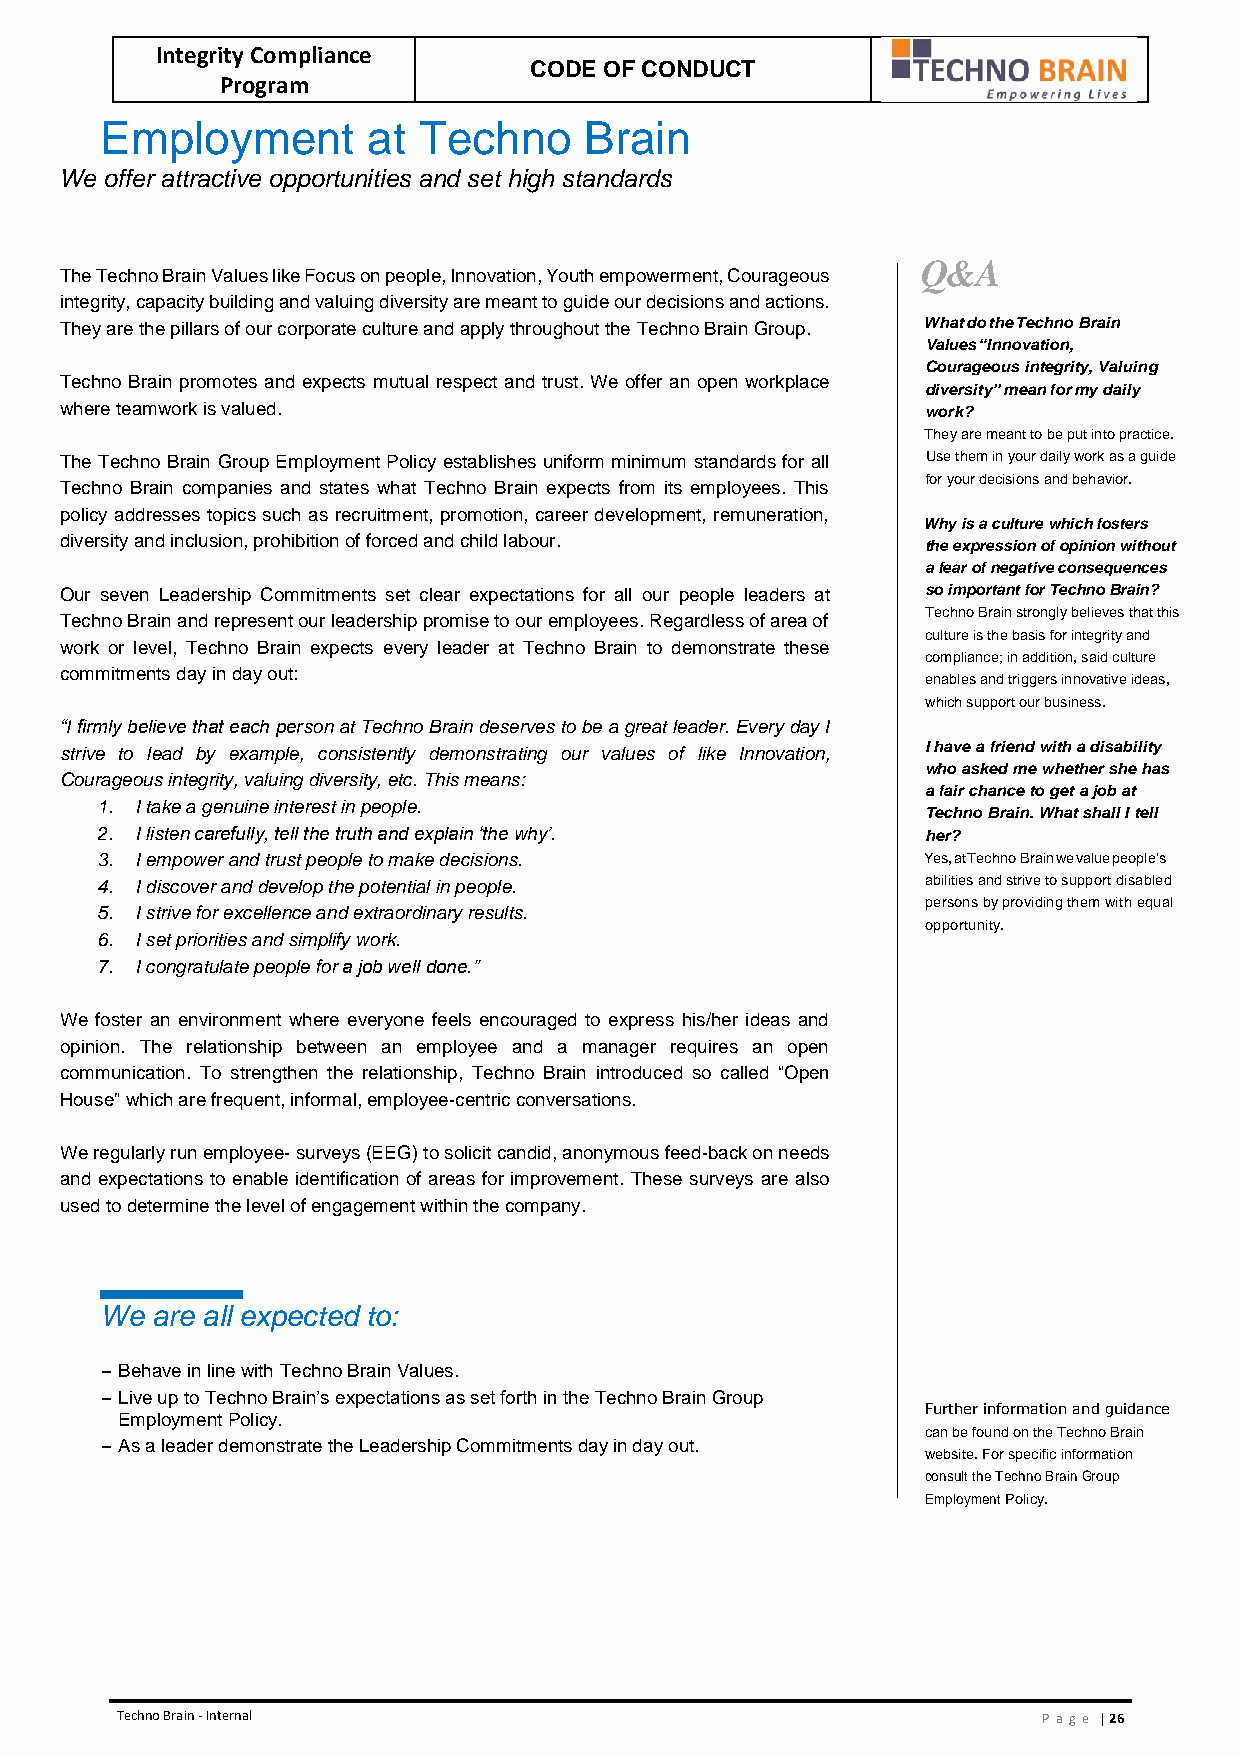
Integrity Compliance
 CODE OF CONDUCT
 Program
 Employment       at  Techno     Brain
 We offer attractive opportunities and set high standards
 Q&A
 The Techno Brain Values like Focus on people, Innovation, Youth empowerment, Courageous
 integrity, capacity building and valuing diversity are meant to guide our decisions and actions.
 They are the pillars of our corporate culture and apply throughout the Techno Brain Group. What do the Techno Brain
 Values “Innovation,
 Courageous integrity, Valuing
 Techno Brain promotes and expects mutual respect and trust. We offer an open workplace
 diversity” mean for my daily
 where teamwork is valued.                                work?
 They are meant to be put into practice.
 The Techno Brain Group Employment Policy establishes uniform minimum standards for all Use them in your daily work as a guide
 for your decisions and behavior.
 Techno Brain companies and states what Techno Brain expects from its employees. This
 policy addresses topics such as recruitment, promotion, career development, remuneration,
 Why is a culture which fosters
 diversity and inclusion, prohibition of forced and child labour. the expression of opinion without
 a fear of negative consequences
 Our seven Leadership Commitments set clear expectations for all our people leaders at so important for Techno Brain?
 Techno Brain strongly believes that this
 Techno Brain and represent our leadership promise to our employees. Regardless of area of
 culture is the basis for integrity and
 work or level, Techno Brain expects every leader at Techno Brain to demonstrate these
 compliance; in addition, said culture
 commitments day in day out:
 enables and triggers innovative ideas,
 which support our business.
 “I firmly believe that each person at Techno Brain deserves to be a great leader. Every day I
 strive to lead by example, consistently demonstrating our values of like Innovation, I have a friend with a disability
 who asked me whether she has
 Courageous integrity, valuing diversity, etc. This means:
 a fair chance to get a job at
 1. I take a genuine interest in people.
 Techno Brain. What shall I tell
 2. I listen carefully, tell the truth and explain ‘the why’. her?
 3. I empower and trust people to make decisions.       Yes, at Techno Brain we value people’s
 4. I discover and develop the potential in people.     abilities and strive to support disabled
 persons by providing them with equal
 5. I strive for excellence and extraordinary results.
 opportunity.
 6. I set priorities and simplify work.
 7. I congratulate people for a job well done.”
 We foster an environment where everyone feels encouraged to express his/her ideas and
 opinion. The relationship between an employee and a manager requires an open
 communication. To strengthen the relationship, Techno Brain introduced so called “Open
 House” which are frequent, informal, employee-centric conversations.
 We regularly run employee- surveys (EEG) to solicit candid, anonymous feed-back on needs
 and expectations to enable identification of areas for improvement. These surveys are also
 used to determine the level of engagement within the company.
 We are all expected to:
 – Behave in line with Techno Brain Values.
 – Live up to Techno Brain’s expectations as set forth in the Techno Brain Group
 Further information and guidance
 Employment Policy.
 can be found on the Techno Brain
 – As a leader demonstrate the Leadership Commitments day in day out.
 website. For specific information
 consult the Techno Brain Group
 Employment Policy.
 Techno Brain - Internal                                      Pa ge | 26